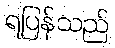
ရပြန်သည်